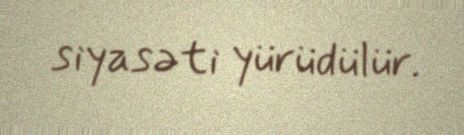
siyasəti yürüdülür.